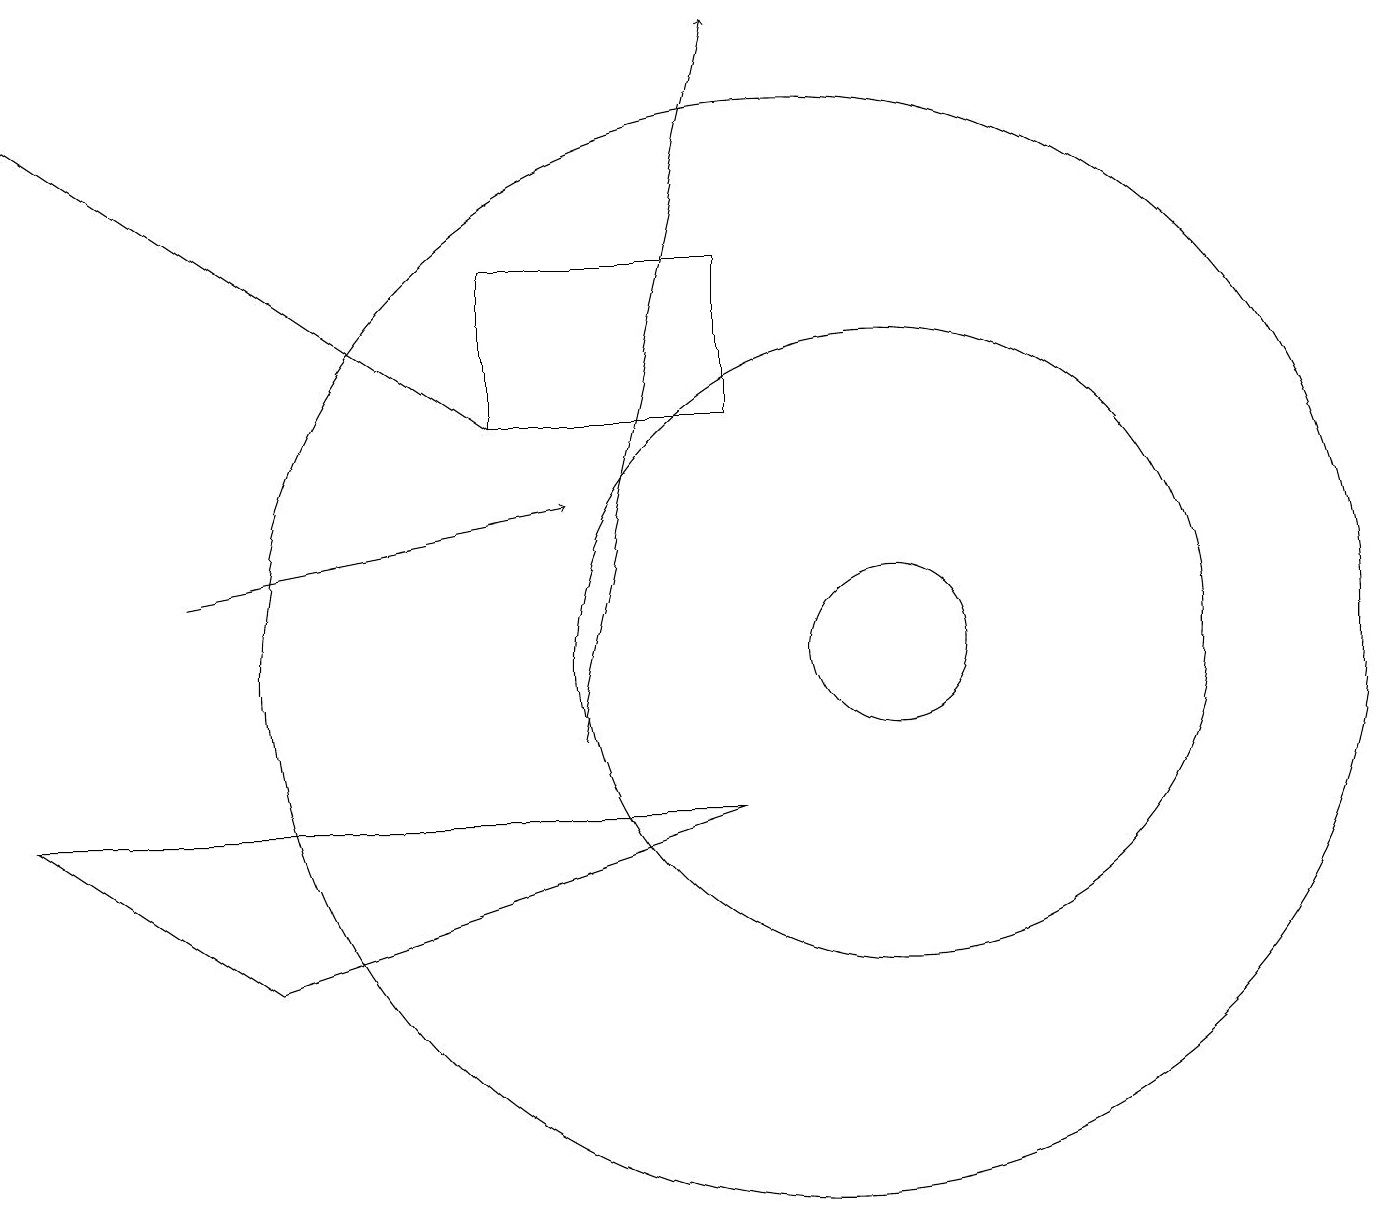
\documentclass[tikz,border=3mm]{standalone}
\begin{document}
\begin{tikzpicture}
\draw[->] (6,14) -- (0,18);
\draw[->] (7,10) -- (9,19);
\draw[->] (2,12) -- (7,13);
\draw (0,9) -- (3,7) -- (9,9) -- cycle;
\draw (11,11) circle (1);
\draw (9,14) rectangle (6,16);
\draw (11,11) circle (4);
\draw (10,11) circle (7);
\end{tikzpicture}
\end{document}